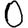
Digit: 0